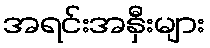
အရင်းအနှီးများ